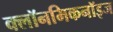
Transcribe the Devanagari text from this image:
क्लॉनमिकनॉइज